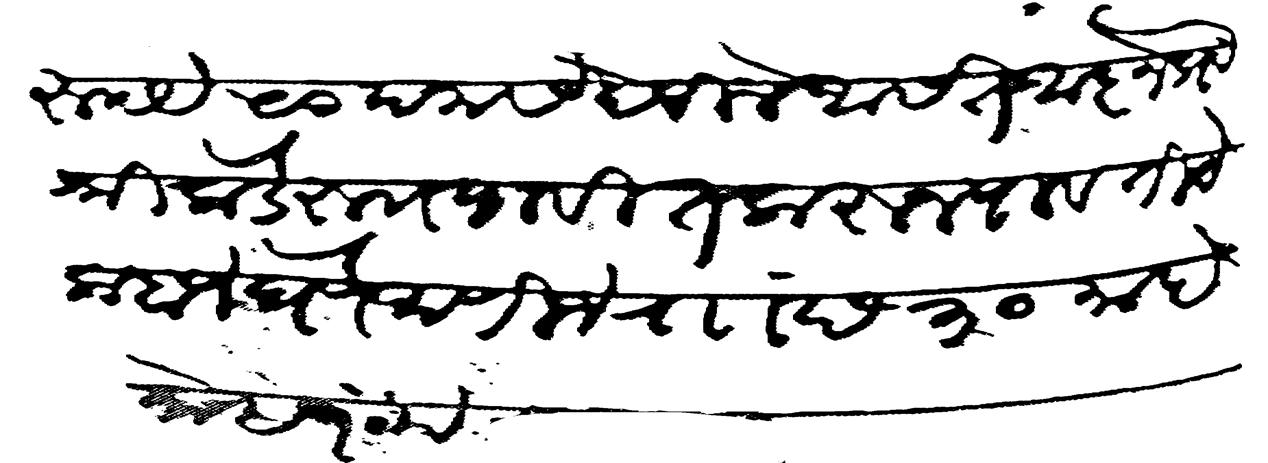
Transliteration (Devanagari): रुपये ५० पनास देवीले असत आज्ञेप्र श्रीकडे रुााा पावीत करून पावतीचे कबजे घेणे जाणीजे राां छ ३० माहे मोहरम